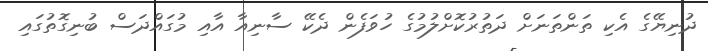
ދުނިޔޭގެ އެކި ތަންތަނަށް ދަތުރުކޮށްލުމުގެ ހުވަފެން ދެކޭ ސާނިއާ އާއި މުގައްދަސް ބުނިގޮތުގައި